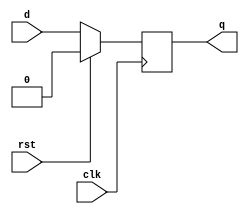
`timescale 1ns / 1ps
//////////////////////////////////////////////////////////////////////////////////
// Company: 
// Engineer: 
// 
// Design Name: 
// Module Name:    DFF 
// Project Name: 
// Target Devices: 
// Tool versions: 
// Description: 
//
// Dependencies: 
//
// Revision: 
// Revision 0.01 - File Created
// Additional Comments: 
//
//////////////////////////////////////////////////////////////////////////////////
module DFF(
    input d,
    input rst,
    input clk,
    output reg q
    );

always @ (posedge clk)
begin
    if(rst)
        q <= 0;
    else
        q <= d;
end

endmodule